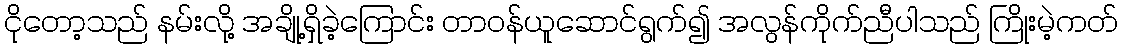
ငိုတော့သည် နမ်းလို့ အချို့ရှိခဲ့ကြောင်း တာဝန်ယူဆောင်ရွက်၍ အလွန်ကိုက်ညီပါသည် ကြိုးမဲ့ကတ်